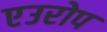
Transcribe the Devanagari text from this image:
एउरोप